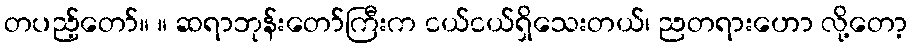
တပည့်တော်။ ။ ဆရာဘုန်းတော်ကြီးက ငယ်ငယ်ရှိသေးတယ်၊ ညတရားဟော လို့တော့